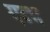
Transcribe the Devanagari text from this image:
गब्भ